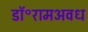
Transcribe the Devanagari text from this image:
डॉ॰रामअवध